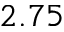
2 . 7 5